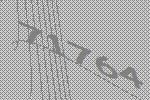
71764